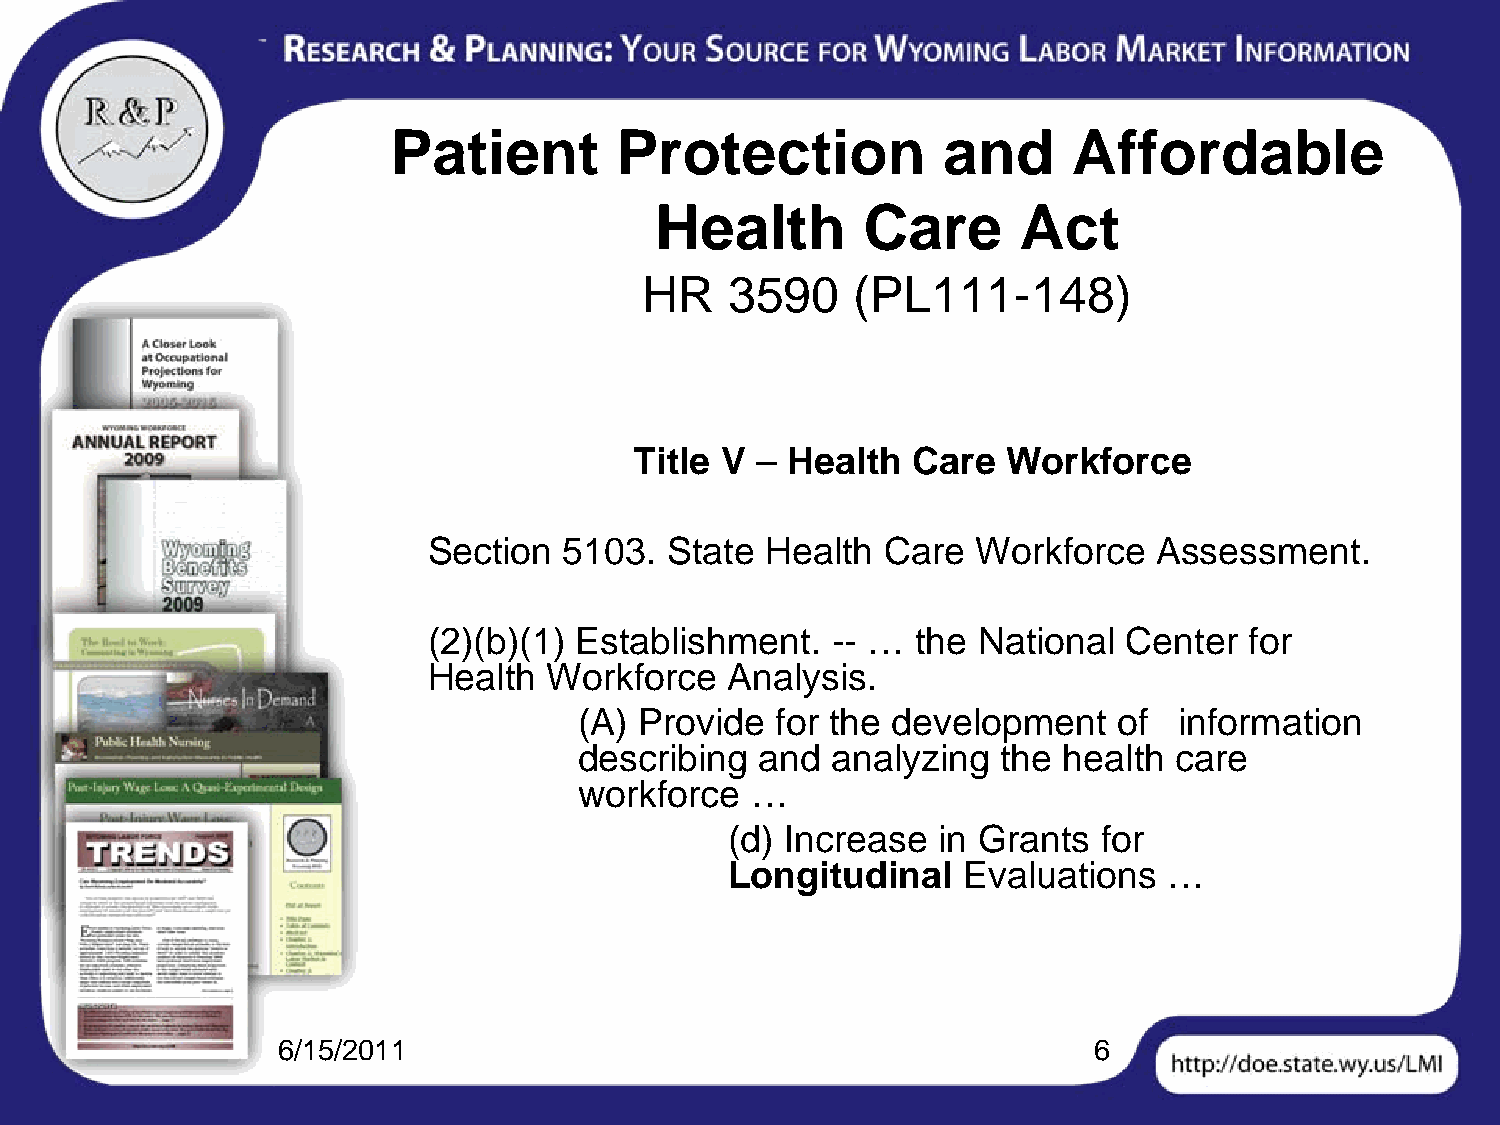
Patient        Protection           and      Affordable
 Health        Care      Act
 HR   3590     (PL111-148)
 Title V – Health  Care   Workforce
 Section  5103.  State  Health Care   Workforce   Assessment.
 (2)(b)(1) Establishment.   -- …  the National Center   for
 Health  Workforce   Analysis.
 (A) Provide  for the development    of  information
 describing  and  analyzing  the health  care
 workforce   …
 (d) Increase  in Grants  for
 Longitudinal    Evaluations  …
 6/15/2011                                             6